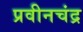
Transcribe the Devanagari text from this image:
प्रवीनचंद्र